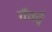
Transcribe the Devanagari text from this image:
गँवईं